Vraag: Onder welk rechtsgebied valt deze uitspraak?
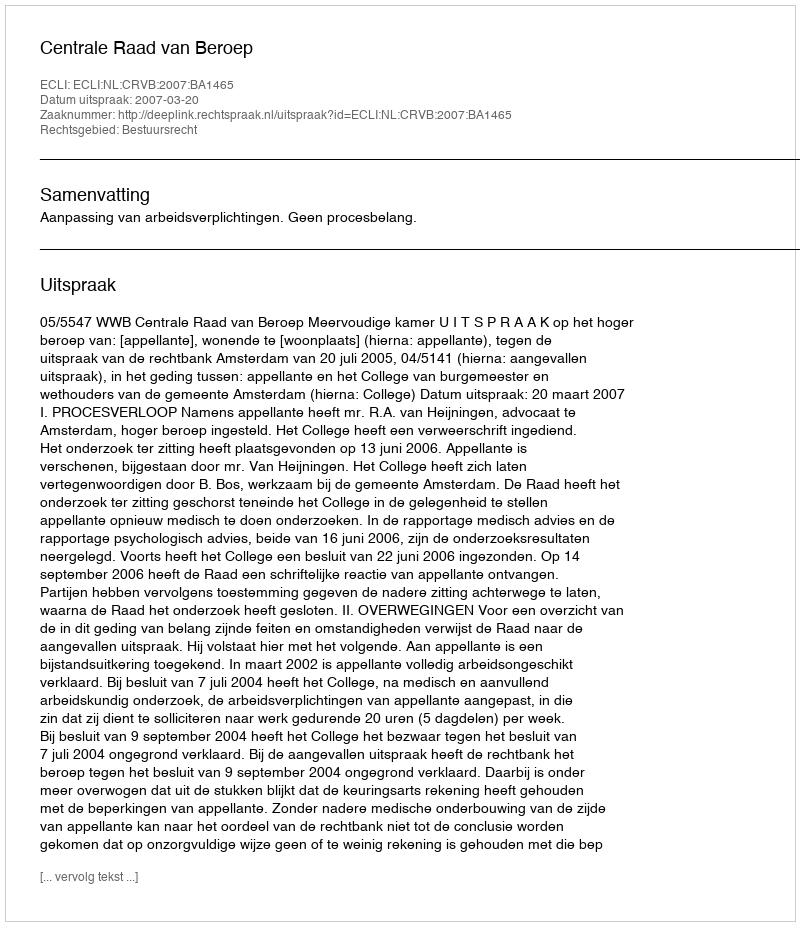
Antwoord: Bestuursrecht